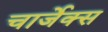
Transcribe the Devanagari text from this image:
चार्जेक्स